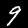
Digit: 9